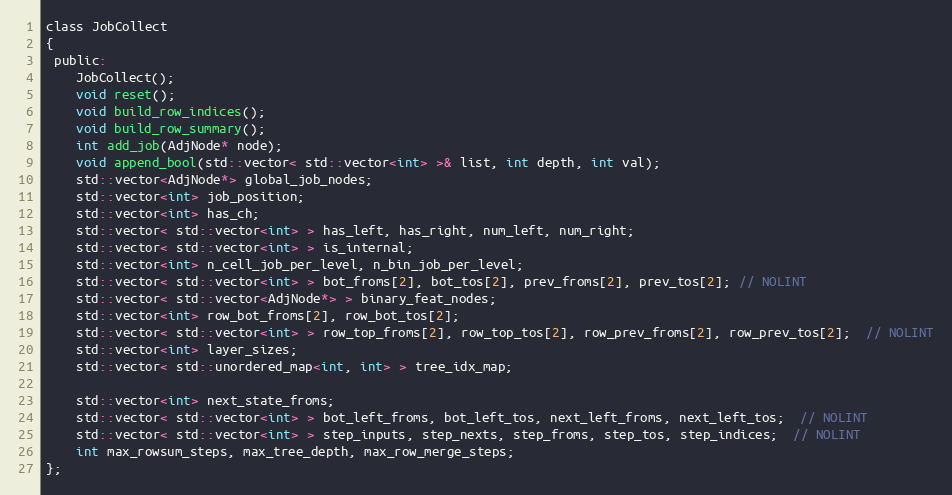
Language: C
class JobCollect
{
 public:
    JobCollect();
    void reset();
    void build_row_indices();
    void build_row_summary();
    int add_job(AdjNode* node);
    void append_bool(std::vector< std::vector<int> >& list, int depth, int val);
    std::vector<AdjNode*> global_job_nodes;
    std::vector<int> job_position;
    std::vector<int> has_ch;
    std::vector< std::vector<int> > has_left, has_right, num_left, num_right;
    std::vector< std::vector<int> > is_internal;
    std::vector<int> n_cell_job_per_level, n_bin_job_per_level;
    std::vector< std::vector<int> > bot_froms[2], bot_tos[2], prev_froms[2], prev_tos[2]; // NOLINT
    std::vector< std::vector<AdjNode*> > binary_feat_nodes;
    std::vector<int> row_bot_froms[2], row_bot_tos[2];
    std::vector< std::vector<int> > row_top_froms[2], row_top_tos[2], row_prev_froms[2], row_prev_tos[2];  // NOLINT
    std::vector<int> layer_sizes;
    std::vector< std::unordered_map<int, int> > tree_idx_map;

    std::vector<int> next_state_froms;
    std::vector< std::vector<int> > bot_left_froms, bot_left_tos, next_left_froms, next_left_tos;  // NOLINT
    std::vector< std::vector<int> > step_inputs, step_nexts, step_froms, step_tos, step_indices;  // NOLINT
    int max_rowsum_steps, max_tree_depth, max_row_merge_steps;
};